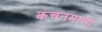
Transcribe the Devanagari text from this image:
कंचनमाला